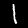
Label: 1